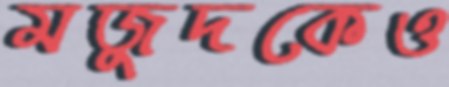
মজুদকেও